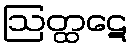
ဩတ္ထဋေ